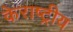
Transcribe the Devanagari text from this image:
केराष्ट्रीय